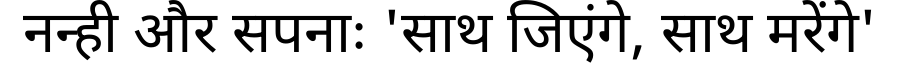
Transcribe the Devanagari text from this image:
नन्ही और सपनाः 'साथ जिएंगे, साथ मरेंगे'